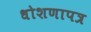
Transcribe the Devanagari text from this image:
धोशणापत्र